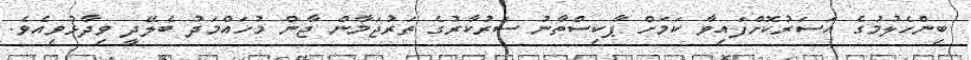
ބިންހެލުމުގެ އަސަރުކޮށްފައިވާ ކަމަށް ޕާކިސްތާނު ސަރުކާރުގެ ތަރުޖަމާން ޖާން މުހައްމަދު ބެލޭދީ ވިދާޅުވިއެވެ.